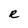
Character: R